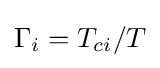
\Gamma _{i}=T_{ci}/T